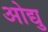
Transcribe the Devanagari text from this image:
ओद्यु